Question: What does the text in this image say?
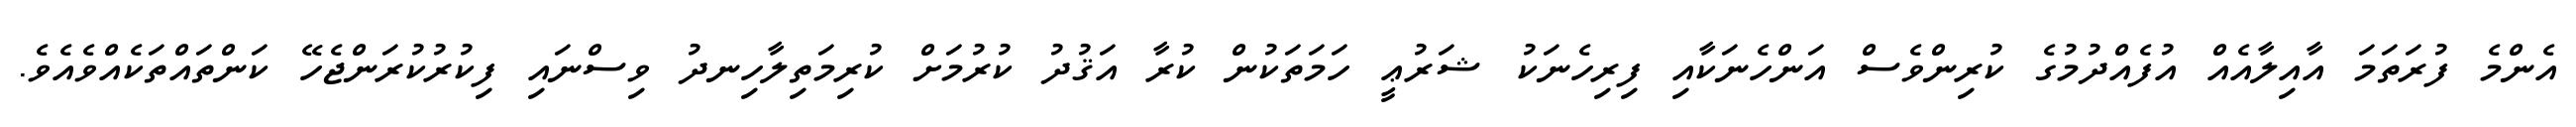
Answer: އެންމެ ފުރަތަމަ އާއިލާއެއް އުފެއްދުމުގެ ކުރިންވެސް އަންހެނަކާއި ފިރިހެނަކު ޝަރުޢީ ހަމަތަކުން ކުރާ އަޤުދު ކުރުމަށް ކުރިމަތިލާހިނދު ވިސްނައި ފިކުރުކުރަންޖެހޭ ކަންތައްތަކެއްވެއެވެ.